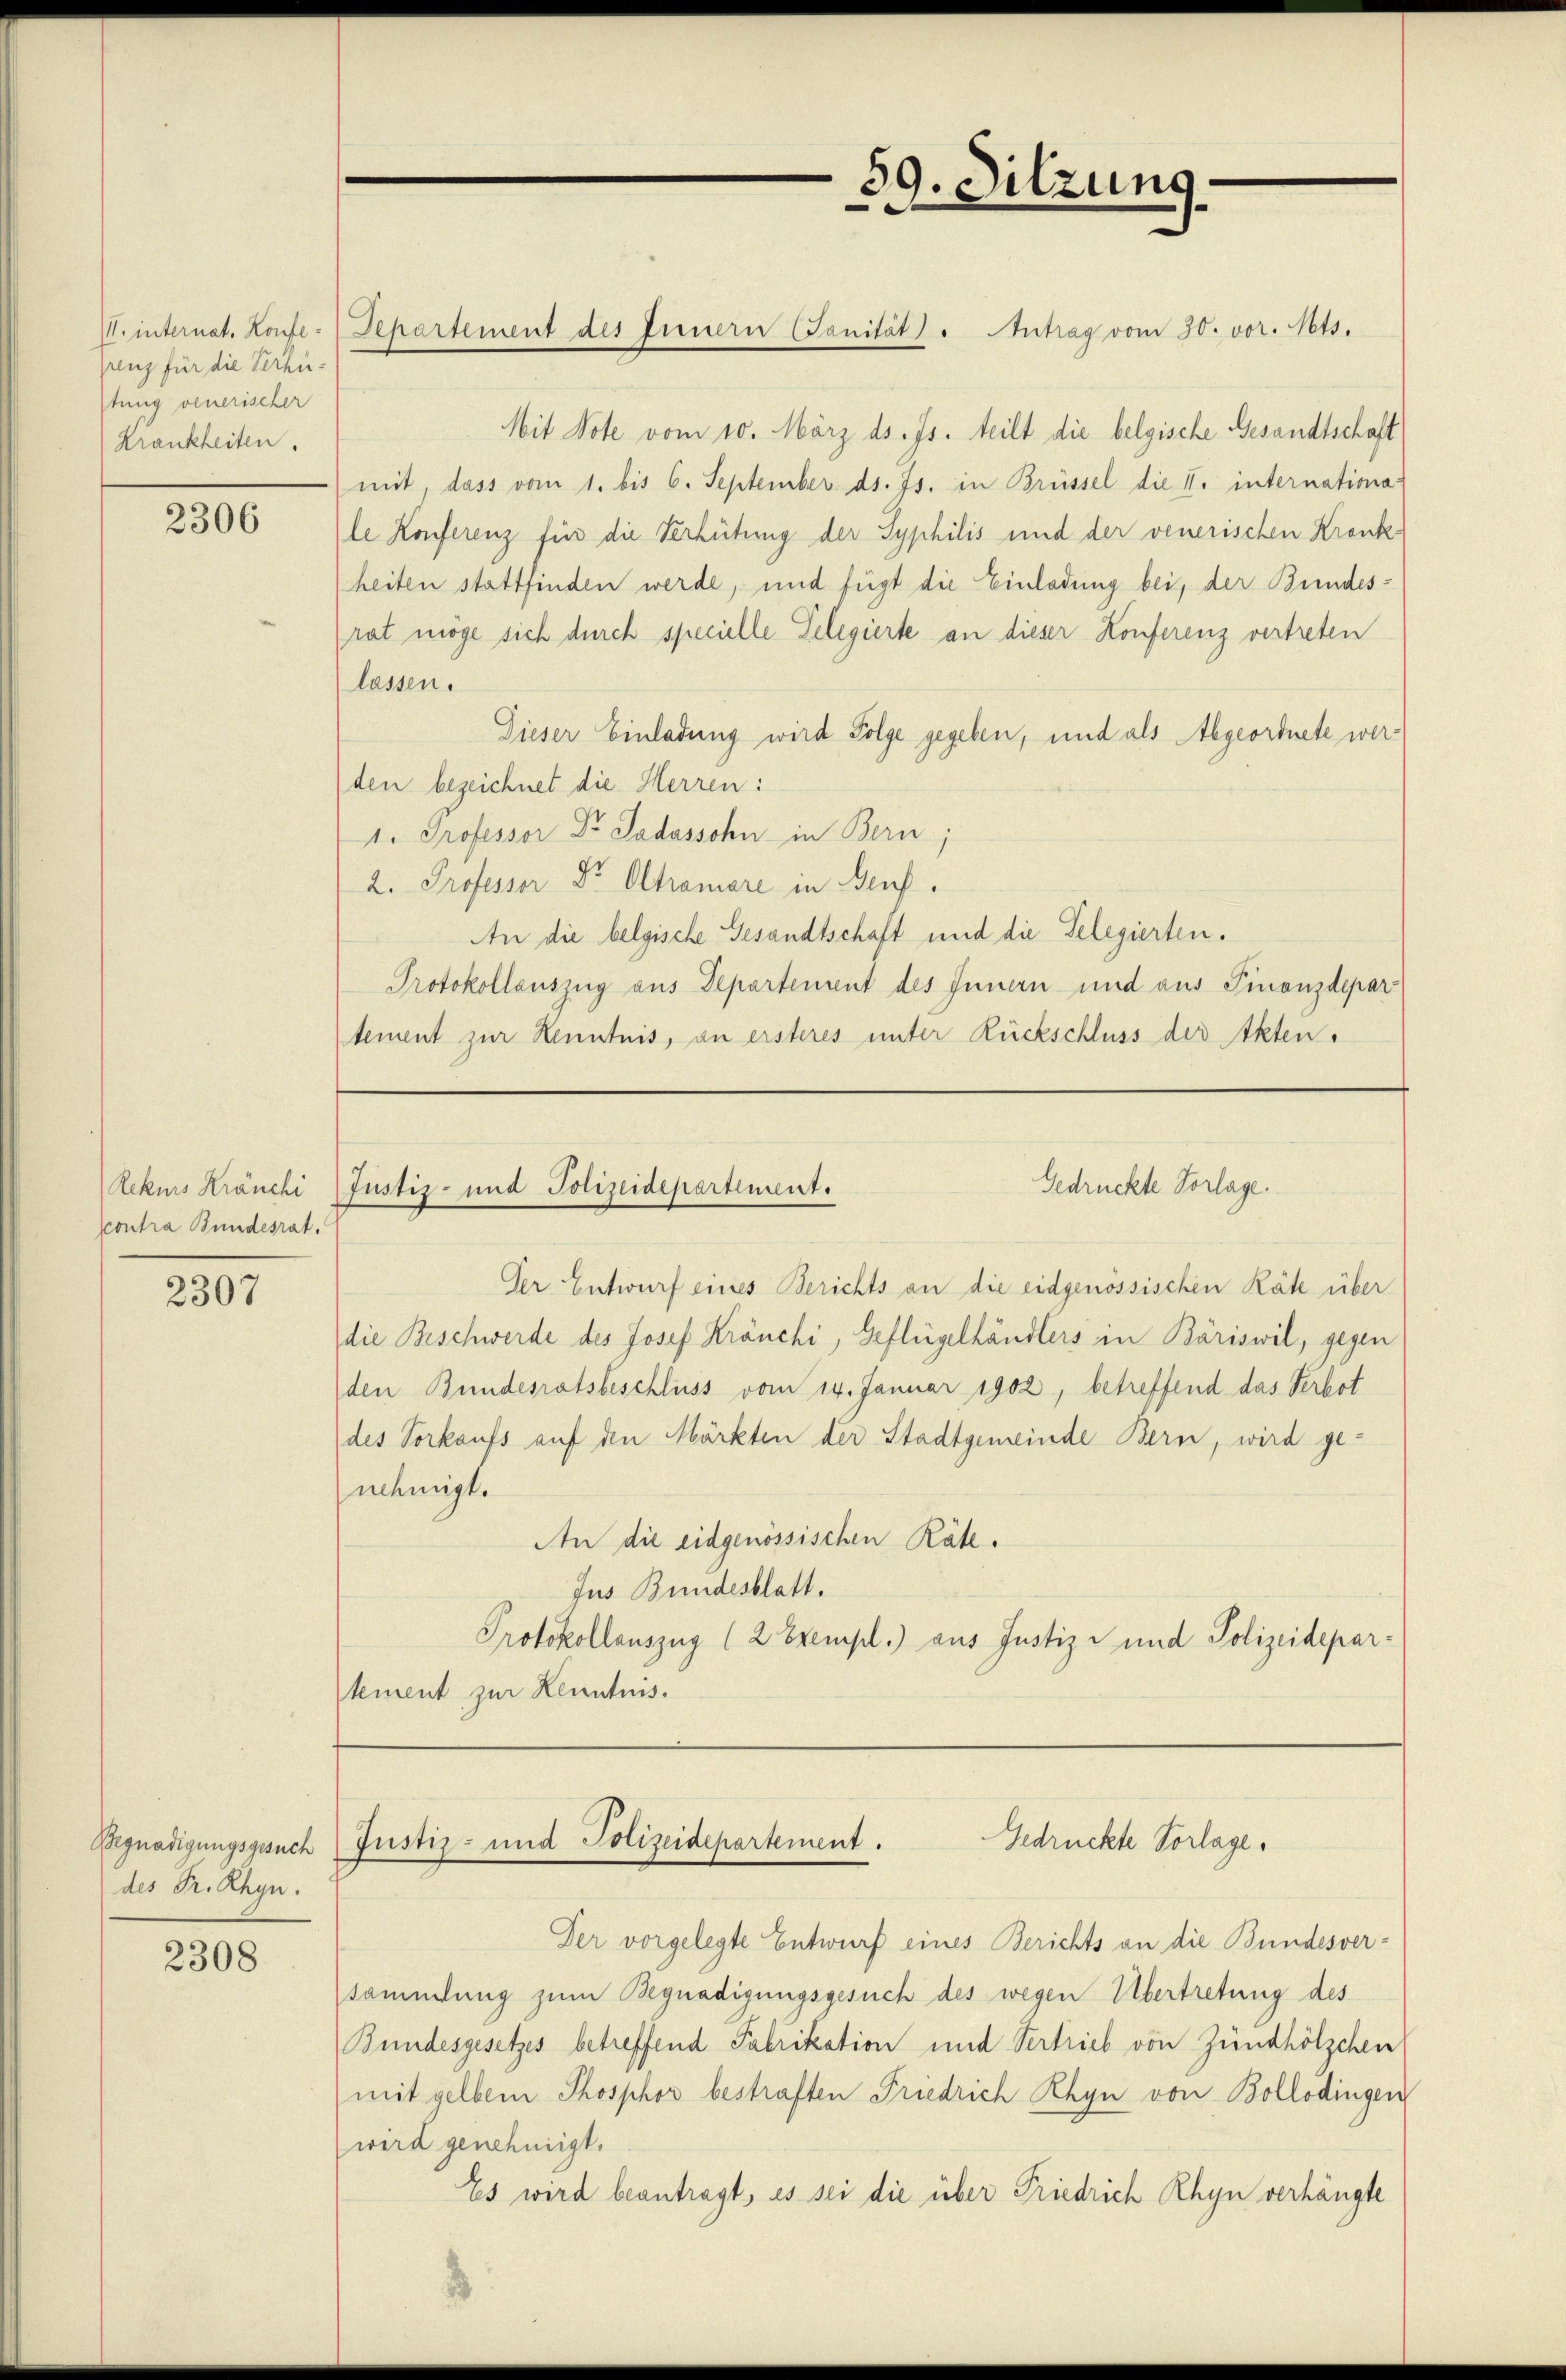
jenz für die Verhütung venerischer
Krankheiten.

2306

Rekurs Kränchi
contra Bundesrat.

2307

Begnadigungsgesuch
des Fr. Rhyn.

2308

Mit Note vom 10. März ds. Js. teilt die belgische Gesandtschaft
mit, dass vom 1. bis 6. September ds. Js. in Brüssel die I. internationa
le Konferenz für die Verhütung der Syphilis und der venerischen Krank-
heiten stattfinden werde, und fügt die Einladung bei, der Bundesrat möge sich durch specielle Telegierte an dieser Konferenz vertreten
lassen.
Dieser Einladung wird Folge gegeben, und als Abgeordnete werden bezeichnet die Herren:
1. Professor Dr. Sadossohn in Bern;
2. Professor Dr. Altramare in Benf.
An die belgische Gesandtschaft und die Selegierten.
Protokollauszug aus Departement des Innern und aus Finanzdepar
tement zur Kenntnis, an ersteres unter Rückschluss der Akten.

M. internat. Konfe-Departement des Innern (Sanität) " Antrag vom 30. vor. Mts.

Der Entwurf eines Berichts an die eidgenössischen Räte über
die Beschwerde des Josef Kränchi, Geflügelhändlers in Bäriswil, gegen
den Bundesratsbeschluss vom 14. Januar 1902, betreffend das Verbot
des Vorkaufs auf den Märkten der Stadtgemeinde Bern, wird ge-
nehmigt.
An die eidgenössischen Räte.
Jus Bundesblatt.
Protokollauszug (2 Exempl.) aus Justiz- und Polizeidepartement zur Kenntnis.

5.
Sitzung

Gedrückte Vorlage.
Justiz- und Polizeidepartement.

Gedrückte Vorlage.
Justiz- und Polizeidepartement.

Der vorgelegte Entwurf eines Berichts an die Bundesverstammlung zum Begnadigungsgesuch des wegen Übertretung des
Bundesgesetzes betreffend Fabrikation und Vertrieb von Zündhölzchen
mit gelben Phosphor bestraften Friedrich Rhyn von Bollodingen
wird genehmigt.
Es wird beantragt, es sei die über Friedrich Rhyn verhängte